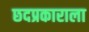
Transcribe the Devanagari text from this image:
छदप्रकाराला